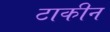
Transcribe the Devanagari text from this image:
टाकीन